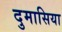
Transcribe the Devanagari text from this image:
दुमासिया